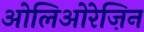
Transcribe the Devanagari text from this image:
ओलिओरेज़िन